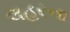
લહરના